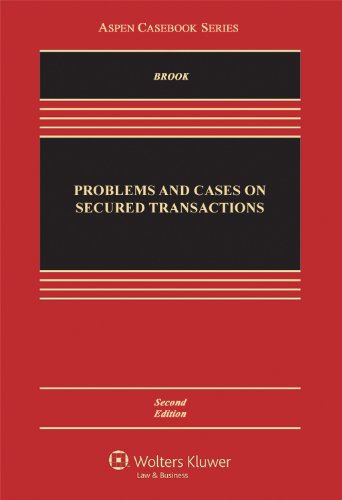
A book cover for Problems and Cases on Secured Transactions, Second Edition (Aspen Casebooks); James Brook; Law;